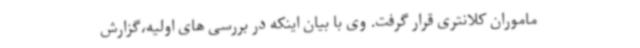
ماموران کلانتری قرار گرفت. وی با بیان اینکه در بررسی های اولیه،گزارش